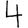
Digit: 4